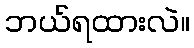
ဘယ်ရထားလဲ။